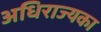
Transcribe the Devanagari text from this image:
अधिराज्यका